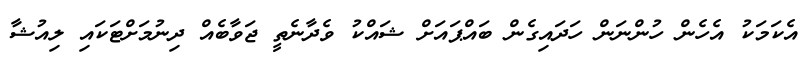
އެކަމަކު އެހެން ހުންނަން ހަދައިގެން ބައްޕައަށް ޝައްކު ވެދާނެތީ ޖަވާބެއް ދިނުމަށްޓަކައި ލިއުޝާ